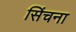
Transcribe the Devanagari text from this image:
सिंचना